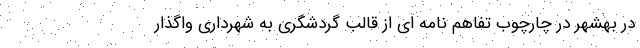
در بهشهر در چارچوب تفاهم نامه ای از قالب گردشگری به شهرداری واگذار